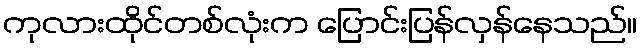
ကုလားထိုင်တစ်လုံးက ပြောင်းပြန်လှန်နေသည်။